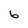
Character: 6